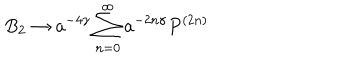
B _ { 2 } \rightarrow a ^ { - 4 \gamma } \sum _ { n = 0 } ^ { \infty } a ^ { - 2 n \gamma } P ^ { ( 2 n ) }